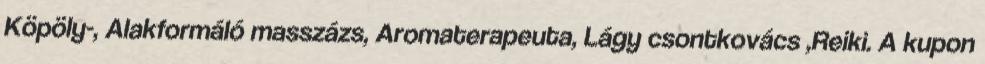
Köpöly-, Alakformáló masszázs, Aromaterapeuta, Lágy csontkovács ,Reiki. A kupon